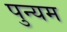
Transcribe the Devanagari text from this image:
पुन्यम